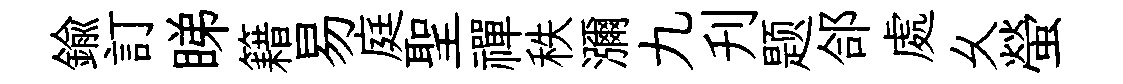
鍮訂睇籍易庭聖禪秩瀰九刋题郃處乆螢